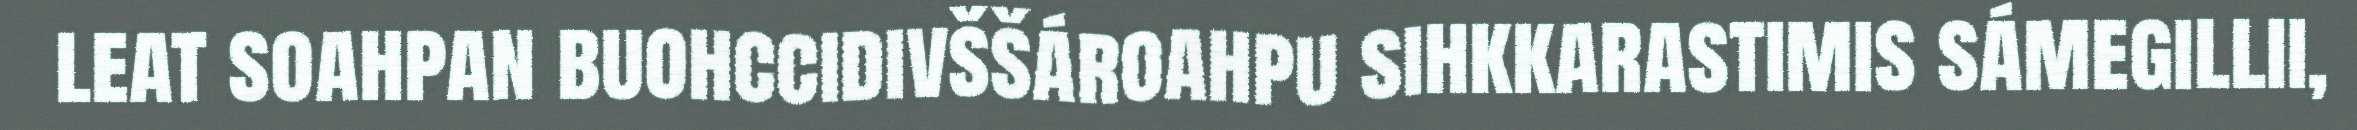
leat soahpan buohccidivššároahpu sihkkarastimis sámegillii,